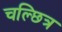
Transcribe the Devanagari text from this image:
चल्छित्र